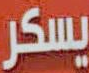
يسكر